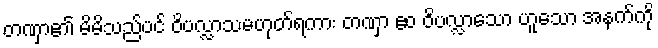
တဏှာ၏ မိမိသည်ပင် ဝိပလ္လာသမဟုတ်ရကား တဏှာ ဧဝ ဝိပလ္လာသော ဟူသော အနက်ကို